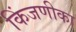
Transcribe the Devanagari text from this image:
किंजणीका